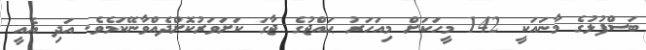
ބަސްފުޅުގެ މާނައަކީ 142 މީހަކަށް މިއަހަރު ޙައްޖުގެ ޖާގަ ކަށަވަރުކޮށްދެއްވާނޭކަމެވެ. އަދި އެއީ